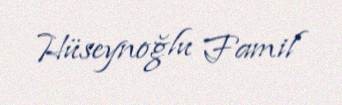
Hüseynoğlu Famil